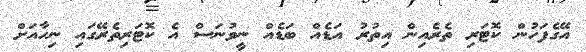
އޭގެފަހުން ކޮޓަރި ތެރެއިން އިތުރު އަޑެއް ބަޑެއް ނީވުނަސް އެ ކޮޓަރިތެރޭގައި ނިހާއަށް